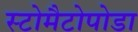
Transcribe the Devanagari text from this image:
स्टोमैटोपोडा